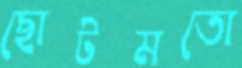
ছোটমতো